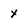
Character: x